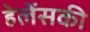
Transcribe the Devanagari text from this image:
हेलेंसकी